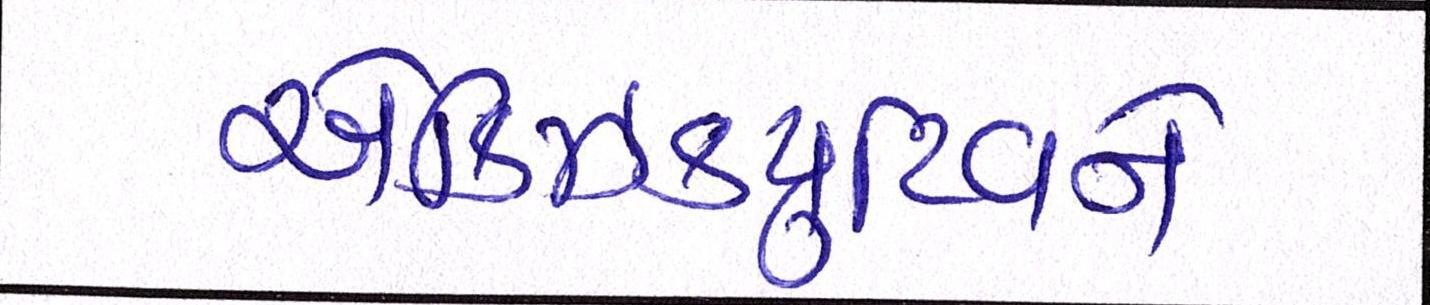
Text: એક્ઝિક્યુટિવને